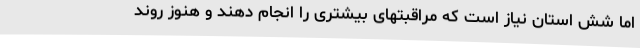
اما شش استان نیاز است که مراقبتهای بیشتری را انجام دهند و هنوز روند